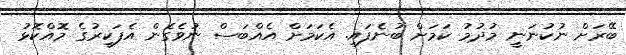
ބޭރަށް ނުކުނަނީ މުދުމު ކަމަށް ބުނެފައި. އެކަމަށް އެއްބަސް ނުވެގެން އެފަކީރުގެ މޮއްކޮޅު